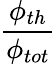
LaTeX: \frac{\phi_{th}}{\phi_{tot}}